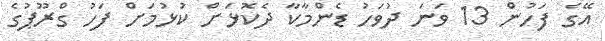
އޭގެ ފަހުން 13 ވަނަ ދުވަހު ޑެންމާކާ ދެކޮޅަށް ކުޅުމަށް ފަހު ގްރޫޕުގެ